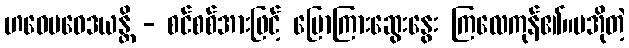
ဟဝေပဝေဒယန္တိ - စင်စစ်အားဖြင့် ပြောကြားဆွေးနွေး ကြလေကုန်၏။မအိုတဲ့